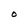
Character: O